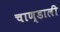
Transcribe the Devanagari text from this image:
चाण्डाली